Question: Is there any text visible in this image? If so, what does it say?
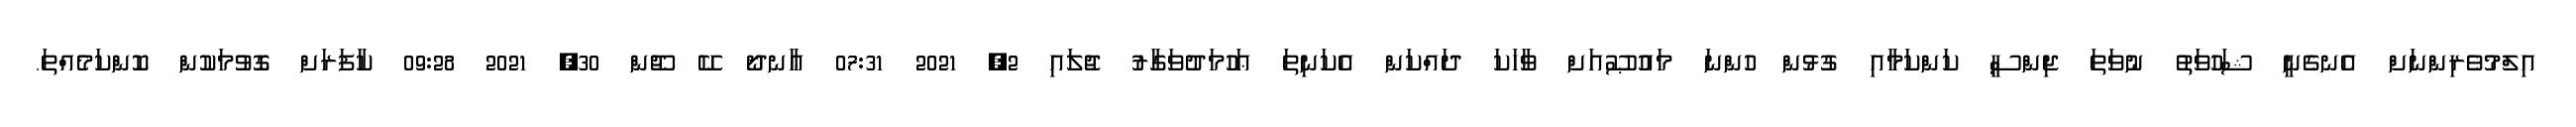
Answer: އިލްމުވެރިންނަށް އެނގެނީ ޝަހުވަތު ނުވަތަ ޖިންސީ ކަންކަމާއި ގުޅުން ހުންނަ މައުޞޫއަށް ވާހަކަ ދައްކަން އެކަނިތަ ޢަހުމަދުވަގާރު ޖުލައި 2, 2021 07:31 ޢާނދޯ ކޭ ޖޫން 30, 2021 09:28 ކާފަރަށް ގޮވުމަކުން ކޮންކަމެއްތަ.